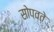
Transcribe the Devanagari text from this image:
सोपवते